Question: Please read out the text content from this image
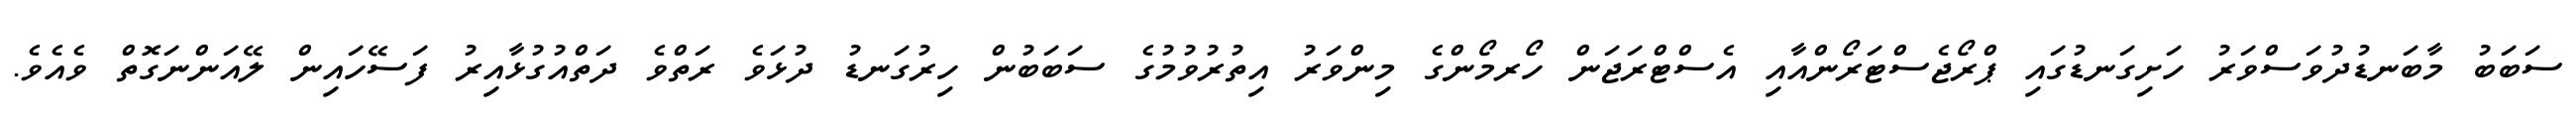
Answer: ސަބަބު މާބަނޑުދުވަސްވަރު ހަށިގަނޑުގައި ޕްރޯޖެސްޓަރޯންއާއި އެސްޓްރަޖަން ހޯރމޯންގެ މިންވަރު އިތުރުވުމުގެ ސަބަބުން ހިރުގަނޑު ދުޅަވެ ރަތްވެ ދަތްއުގުޅާއިރު ފަސޭހައިން ލޭއަންނަގޮތް ވެއެވެ.